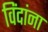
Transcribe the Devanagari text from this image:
विंदांना